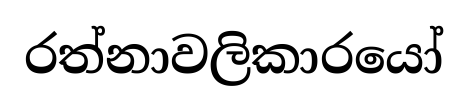
රත්නාවලිකාරයෝ